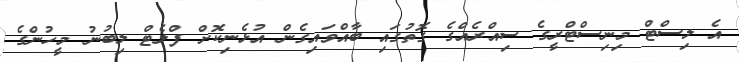
އެ ލިސްޓް މިނިސްޓްރީގެ ސިއްރެއްގެ ގޮތުގައި ބާއްވައިގެން އުޅެނިކޮށް ފްލެޓް ލިބުނު މީހުންގެ